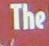
the